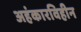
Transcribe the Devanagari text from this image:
अहंकारविहीन